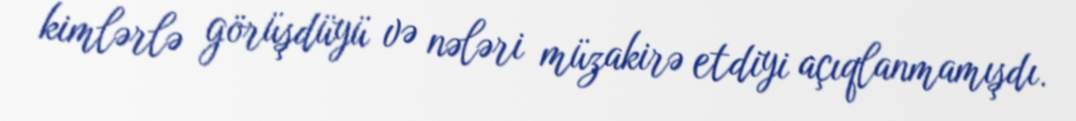
kimlərlə görüşdüyü və nələri müzakirə etdiyi açıqlanmamışdı.